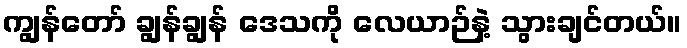
ကျွန်တော် ချွန်ချွန် ဒေသကို လေယာဉ်နဲ့ သွားချင်တယ်။